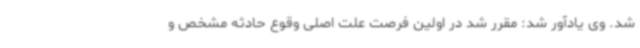
شد. وی یادآور شد: مقرر شد در اولین فرصت علت اصلی وقوع حادثه مشخص و